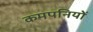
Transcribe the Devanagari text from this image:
कमपनियों